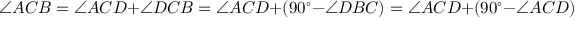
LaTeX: \angle A C B = \angle A C D + \angle D C B = \angle A C D + ( 9 0 ^ { \circ } - \angle D B C ) = \angle A C D + ( 9 0 ^ { \circ } - \angle A C D ) = 9 0 ^ { \circ }